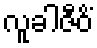
လူခါဇီဝိံ